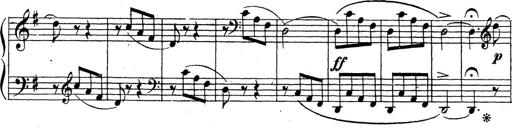
Title: 10 Sonatinas
Composer: Fritz Spindler